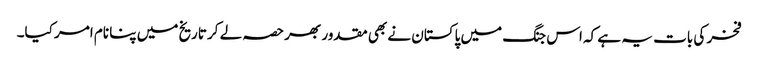
فخر کی بات یہ ہے کہ اس جنگ میں پاکستان نے بھی مقدور بھر حصہ لے کر تاریخ میں پنا نام امر کیا۔